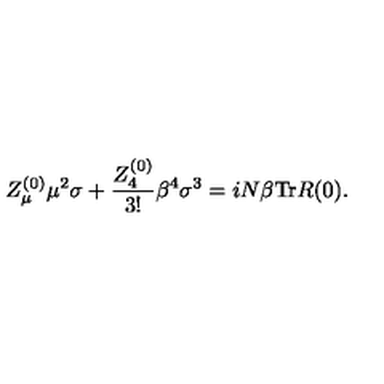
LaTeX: Z _ { \mu } ^ { ( 0 ) } \mu ^ { 2 } \sigma + \frac { Z _ { 4 } ^ { ( 0 ) } } { 3 ! } \beta ^ { 4 } \sigma ^ { 3 } = i N \beta \mathrm { T r } R ( 0 ) .